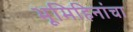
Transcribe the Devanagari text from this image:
भूमिहिनांचा